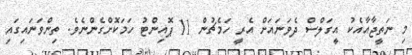
މި ނަތީޖާއާއެކު އީގަލްސް ދެވަނައަށް އެރީ ހަމެޗުން 11 ޕޮއިންޓު ހަމަކޮށްގެންނެވެ. ތިންވަނައިގައި